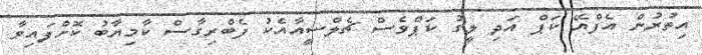
އިތުރުން އެފްއޭ ކަޕް އަދި ލީގު ކަޕްވެސް ޗެލްސީއާއެކު ފެބްރިގާސް ކާމިޔާބު ކޮށްފައިވާ